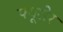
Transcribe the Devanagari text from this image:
फ्यूशेर